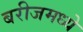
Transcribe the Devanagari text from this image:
बरीजमध्ये